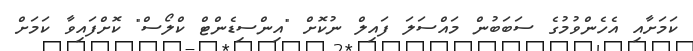
ކަމަށާއި އެހެންވުމުގެ ސަބަބުން މައްސަލަ ފައިލް ނުކޮށް "އިންސިޑެންޓް ކްލޯސް" ކޮށްފައިވާ ކަމަށް